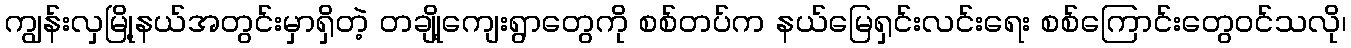
ကျွန်းလှမြို့နယ်အတွင်းမှာရှိတဲ့ တချို့ကျေးရွာတွေကို စစ်တပ်က နယ်မြေရှင်းလင်းရေး စစ်ကြောင်းတွေဝင်သလို၊